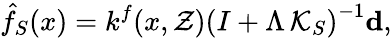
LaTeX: \hat{f}_{S}(x)=k^{f}(x,\mathcal{Z})\left(I+\Lambda\, \mathcal{K}_{S}\right)^{-1}\mathbf{d},